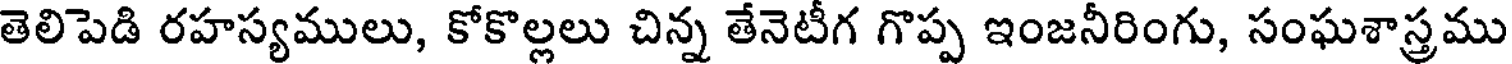
తెలిపెడి రహస్యములు, కోకొల్లలు చిన్న తేనెటీగ గొప్ప ఇంజనీరింగు, సంఘశాస్త్రము